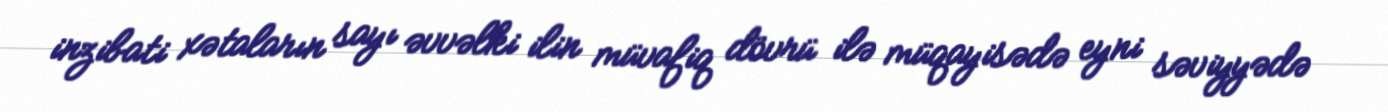
inzibati xətaların sayı əvvəlki ilin müvafiq dövrü ilə müqayisədə eyni səviyyədə